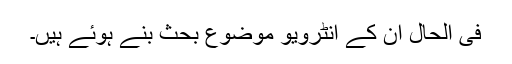
فی الحال ان کے انٹرویو موضوعِ بحث بنے ہوئے ہیں۔